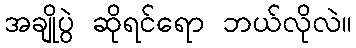
အချိုပွဲ ဆိုရင်ရော ဘယ်လိုလဲ။